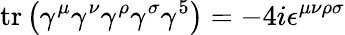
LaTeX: \operatorname{tr}\left(\gamma^{\mu}\gamma^{\nu}\gamma^{\rho}\gamma^{\sigma}\gamma^{5}\right)=-4i\epsilon^{\mu\nu\rho\sigma}